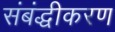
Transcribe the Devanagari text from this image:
संबंद्धीकरण